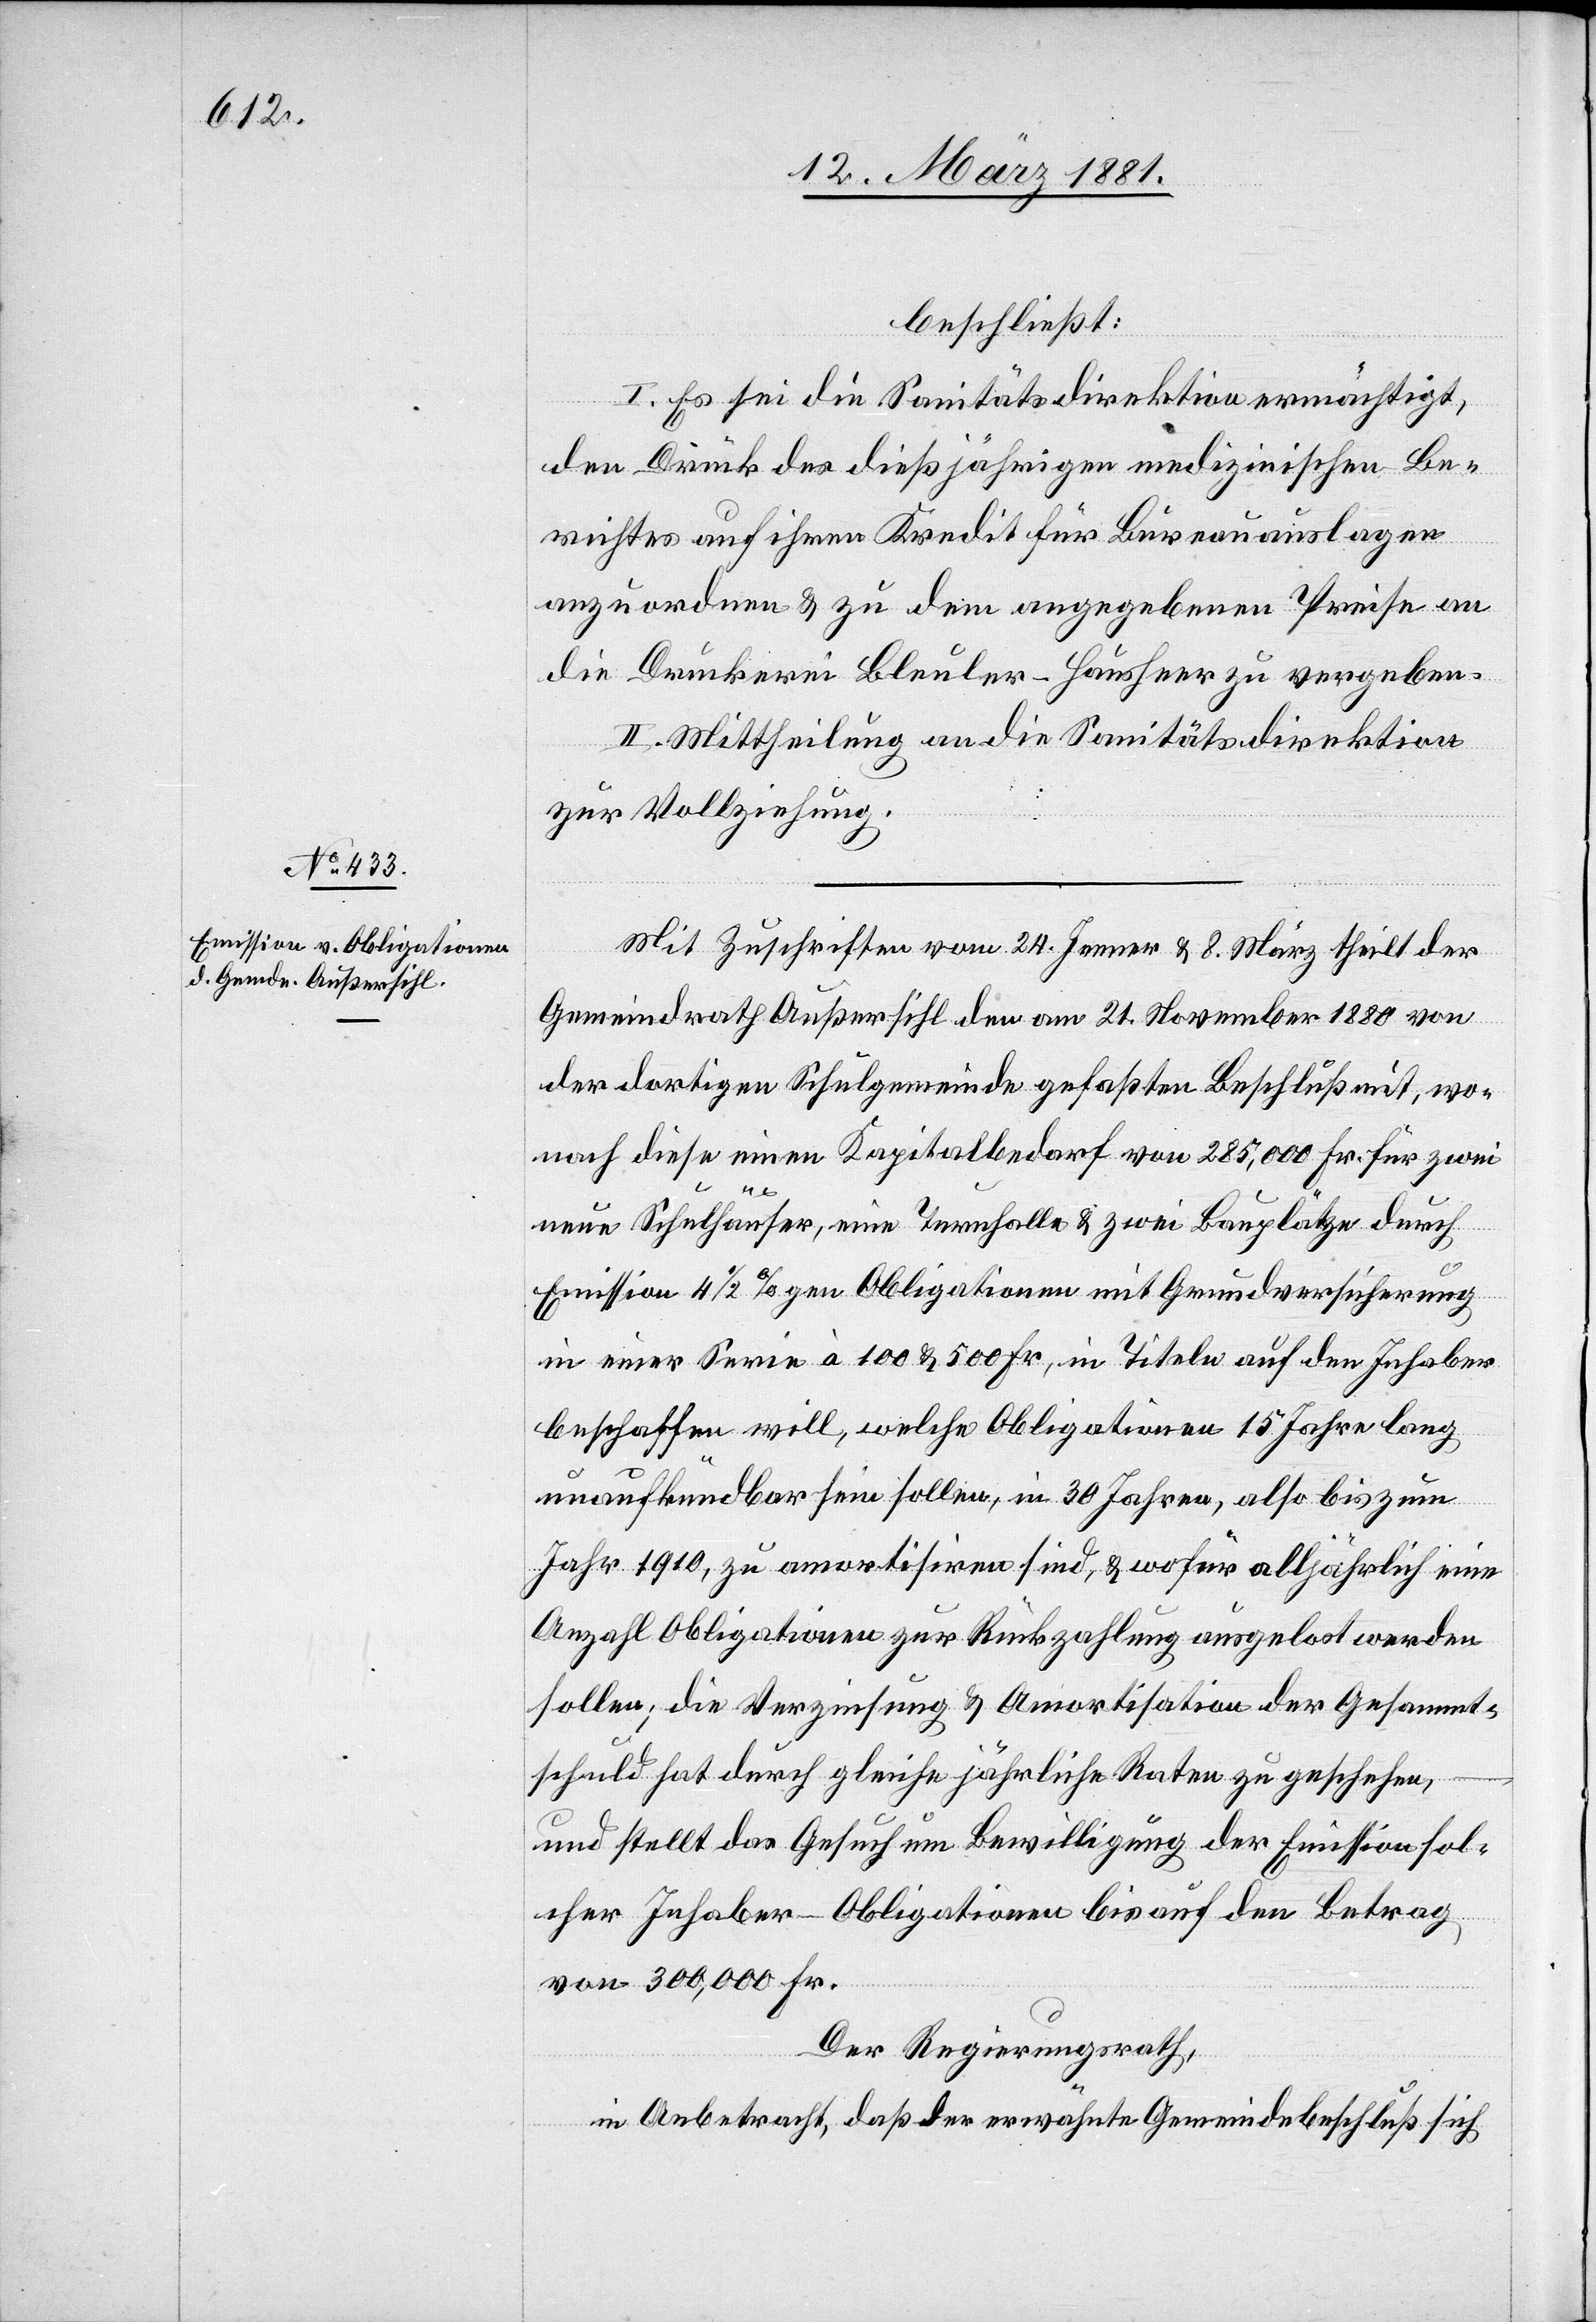
beschließt:
I. Es sei die Sanitätsdirektion ermächtigt,
den Druck des dießjährigen medizinischen Be¬
richtes auf ihren Kredit für Bureauauslagen
anzuordnen & zu dem angegebenen Preise an
die Druckerei Bleuler-Hausheer zu vergeben.
II. Mittheilung an die Sanitätsdirektion
zur Vollziehung.
Mit Zuschriften vom 24. Jenner & 8. März theilt der
Gemeindrath Außersihl den am 21. November 1880 von
der dortigen Schulgemeinde gefaßten Beschluß mit, wo¬
nach diese einen Kapitalbedarf von 285,000 Fr. für zwei
neue Schulhäuser, eine Turnhalle & zwei Bauplätze durch
Emission 4 1/2%gen Obligationen mit Grundversicherung
in einer Serie à 100 & 500 Fr., in Titeln auf den Inhaber
beschaffen will, welche Obligationen 15 Jahre lang
unaufkündbar sein sollen, in 30 Jahren, also bis zum
Jahr 1910, zu amortisiren sind, & wofür alljährlich eine
Anzahl Obligationen zur Rückzahlung ausgelost werden
sollen; die Verzinsung & Amortisation der Gesammt¬
schuld hat durch gleiche jährliche Raten zu geschehen,
und stellt das Gesuch um Bewilligung der Emission sol¬
cher Inhaber – Obligationen bis auf den Betrag
von 300,000 Fr.
Der Regierungsrath,
in Anbetracht, daß der erwähnte Gemeindebeschluß sich